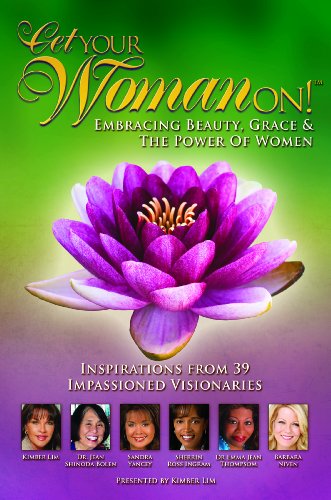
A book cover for Get Your Woman On; Kimber Lim; Business & Money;